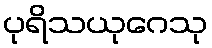
ပုရိသယုဂေသု